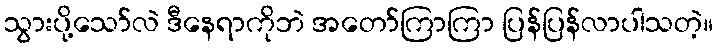
သွားပို့သော်လဲ ဒီနေရာကိုဘဲ အတော်ကြာကြာ ပြန်ပြန်လာပါသတဲ့။